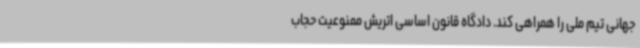
جهانی تیم ملی را همراهی کند. دادگاه قانون اساسی اتریش ممنوعیت حجاب